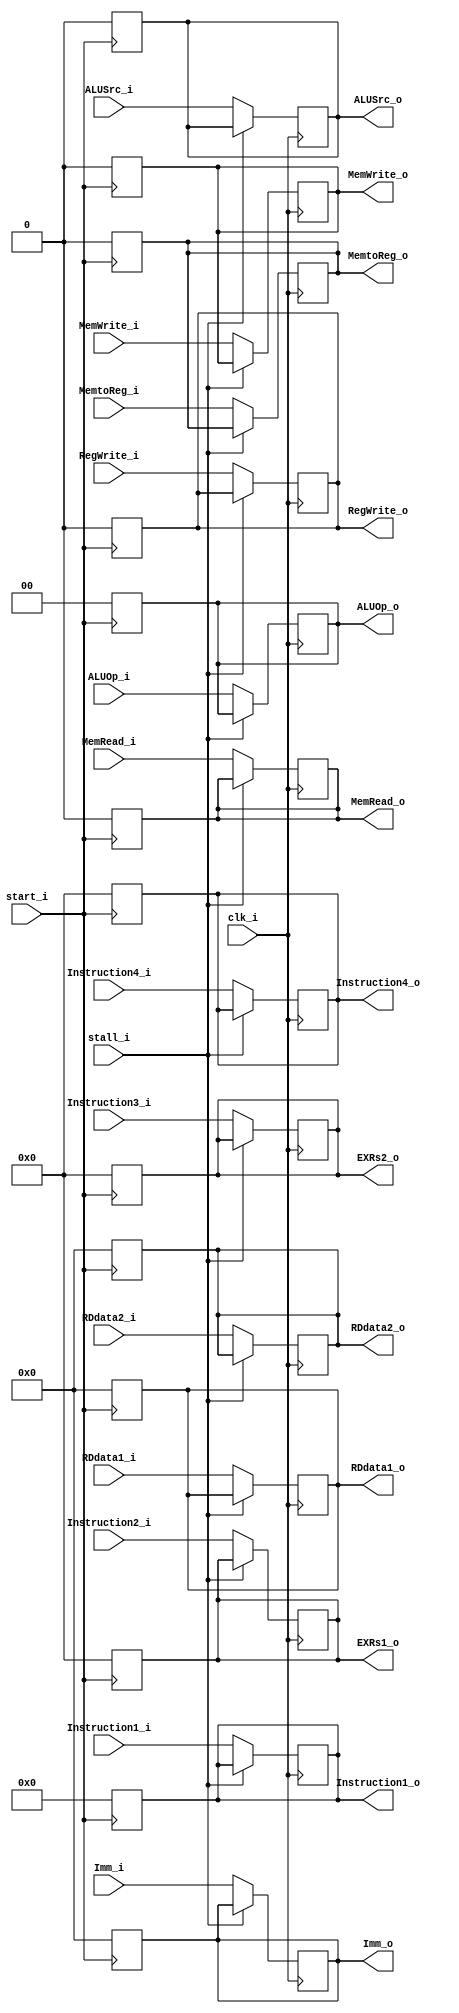
module ID_EX
(
    start_i,
    clk_i,
    stall_i,
    RegWrite_i,
    MemtoReg_i,
    MemRead_i, 
    MemWrite_i,
    ALUOp_i,
    ALUSrc_i,
    RDdata1_i,
    RDdata2_i,
    Imm_i,
    Instruction1_i, // 31-25, 14-12
    Instruction2_i, // 19-15
    Instruction3_i, // 24-20
    Instruction4_i, // 11-7
    RegWrite_o,
    MemtoReg_o,
    MemRead_o, 
    MemWrite_o,
    ALUOp_o,
    ALUSrc_o,
    RDdata1_o,
    RDdata2_o,
    Imm_o,
    Instruction1_o, // 31-25, 14-12
    EXRs1_o, // 19-15
    EXRs2_o, // 24-20
    Instruction4_o, // 11-7
);

// Ports
input           start_i;
input           clk_i;
input           stall_i;
input           RegWrite_i;
input           MemtoReg_i;
input           MemRead_i; 
input           MemWrite_i;
input   [1:0]   ALUOp_i;
input           ALUSrc_i;
input   [31:0]  RDdata1_i;
input   [31:0]  RDdata2_i;
input   [31:0]  Imm_i;
input   [9:0]   Instruction1_i;
input   [4:0]   Instruction2_i;
input   [4:0]   Instruction3_i;
input   [4:0]   Instruction4_i;
output          RegWrite_o;
output          MemtoReg_o;
output          MemRead_o; 
output          MemWrite_o;
output  [1:0]   ALUOp_o;
output          ALUSrc_o;
output  [31:0]  RDdata1_o;
output  [31:0]  RDdata2_o;
output  [31:0]  Imm_o;
output  [9:0]   Instruction1_o;
output  [4:0]   EXRs1_o;
output  [4:0]   EXRs2_o;
output  [4:0]   Instruction4_o;

// Register Files
reg           RegWrite;
reg           MemtoReg;
reg           MemRead; 
reg           MemWrite;
reg   [1:0]   ALUOp;
reg           ALUSrc;
reg   [31:0]  RDdata1;
reg   [31:0]  RDdata2;
reg   [31:0]  Imm;
reg   [9:0]   Instruction1;
reg   [4:0]   Instruction2;
reg   [4:0]   Instruction3;
reg   [4:0]   Instruction4;

// Read Data
assign RegWrite_o = RegWrite;
assign MemtoReg_o = MemtoReg;
assign MemRead_o = MemRead;
assign MemWrite_o = MemWrite;
assign ALUOp_o = ALUOp;
assign ALUSrc_o = ALUSrc;
assign RDdata1_o = RDdata1;
assign RDdata2_o = RDdata2;
assign Imm_o = Imm;
assign Instruction1_o = Instruction1;
assign EXRs1_o = Instruction2;
assign EXRs2_o = Instruction3;
assign Instruction4_o = Instruction4;

// Write Data
always @(posedge clk_i) begin
    if (!stall_i) begin
        RegWrite <= RegWrite_i;
        MemtoReg <= MemtoReg_i;
        MemRead <= MemRead_i;
        MemWrite <= MemWrite_i;
        ALUOp <= ALUOp_i;
        ALUSrc <= ALUSrc_i;
        RDdata1 <= RDdata1_i;
        RDdata2 <= RDdata2_i;
        Imm <= Imm_i;
        Instruction1 <= Instruction1_i;
        Instruction2 <= Instruction2_i;
        Instruction3 <= Instruction3_i;
        Instruction4 <= Instruction4_i;
    end
end

always @(negedge start_i) begin
    RegWrite <= 0;
    MemtoReg <= 0;
    MemRead <= 0;
    MemWrite <= 0;
    ALUOp <= 0;
    ALUSrc <= 0;
    RDdata1 <= 0;
    RDdata2 <= 0;
    Imm <= 0;
    Instruction1 <= 0;
    Instruction2 <= 0;
    Instruction3 <= 0;
    Instruction4 <= 0;
end

endmodule